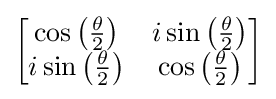
{\begin{bmatrix}\cos \left({\frac {\theta }{2}}\right)&i\sin \left({\frac {\theta }{2}}\right)\\i\sin \left({\frac {\theta }{2}}\right)&\cos \left({\frac {\theta }{2}}\right)\end{bmatrix}}